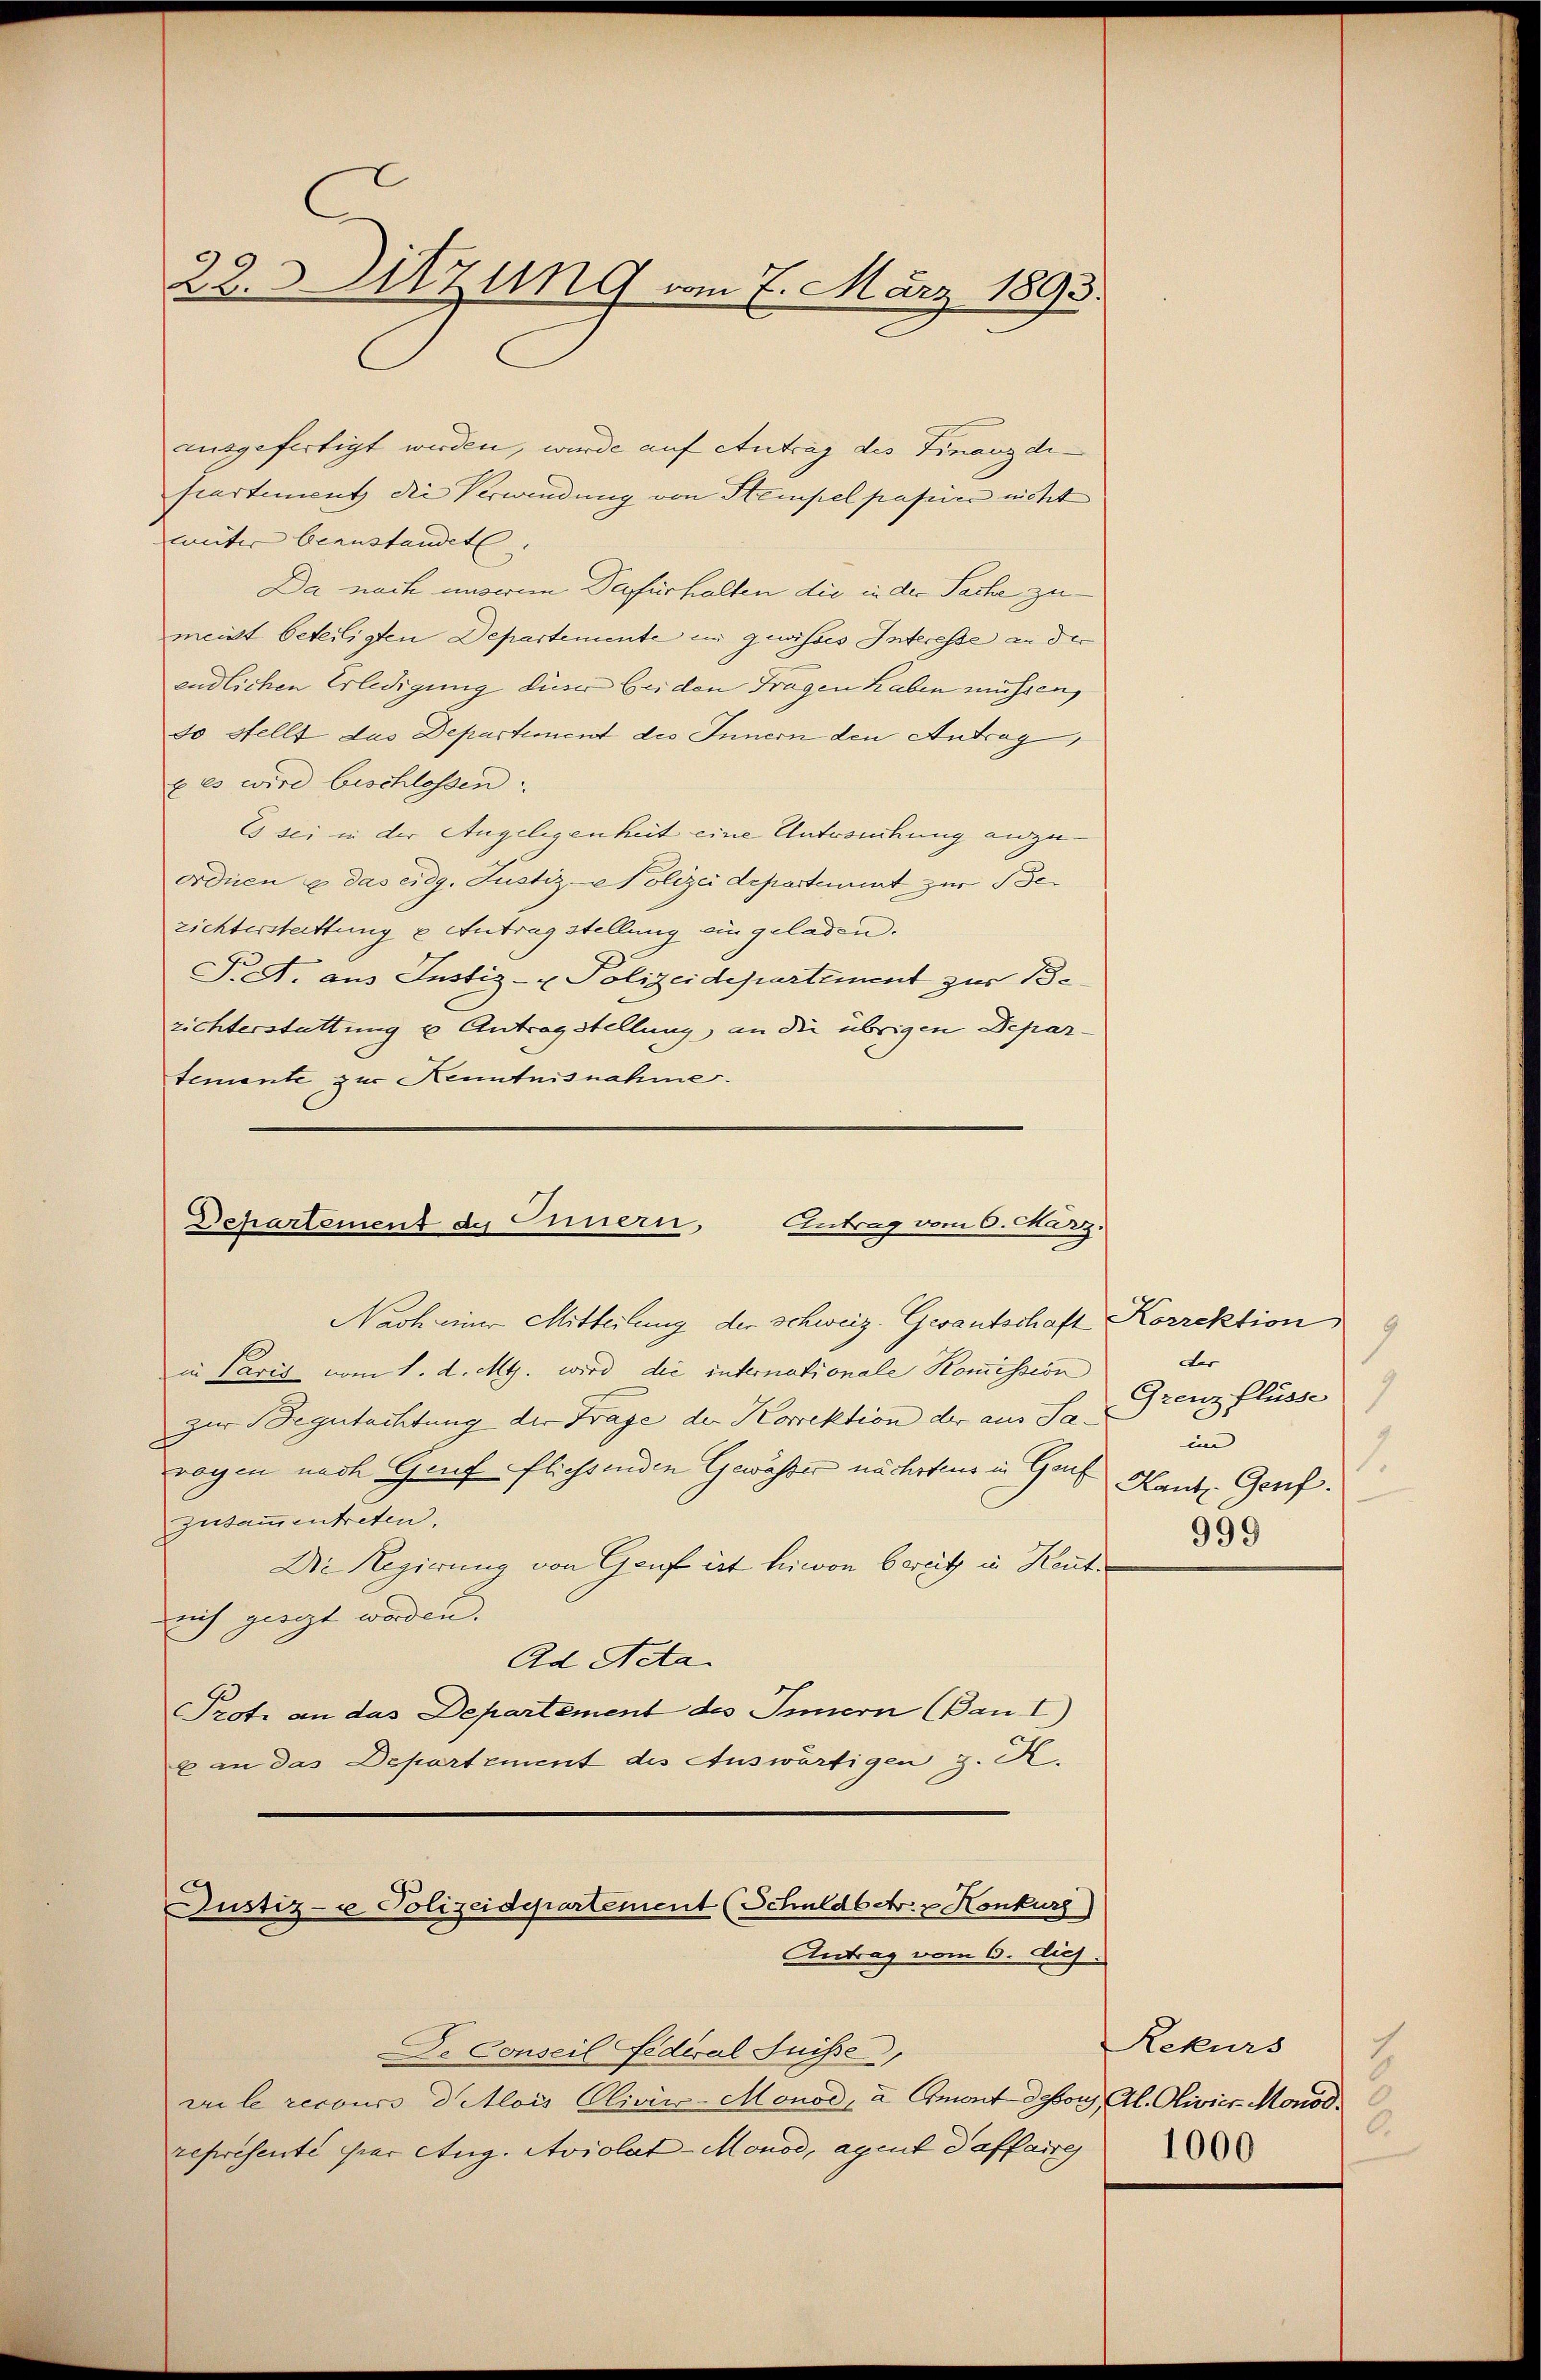
22. Sitzung vom 7. März 1893.

ausgefertigt werden, wurde auf Antrag des Finanzdiscartement die Verwendung von Stempel passin nicht
weiter beanstandet. |
Da nach unserem Dafürhalten die in der Sache zumeist beteiligten Departemente en gewisses Interesse an der
endlichen Erledigung dieser beiden Fragen haben müssen,
so stellt das Departement des Innern den Antrag
x es wird beschlossen.
Es sei in der Angelegenheit eine Unterechung anzuordnen u. das eidg. Justiz- Polizei departement zur Sezichterstattung u Antrag stellung ein geladen.
T. A. aus Justiz- & Polizeidepartement zur Be
richterstattung u Antragstellung, an die übrigen Departemente zur Kenntnisnahme.

Departement des Innern, Antrag vom 6. März.

Nach einer Mitteilung der Schweiz. Gesantschaft Korrektion
in Paris vom 1. d. M. wird die internationale Kommission
zur Begutachtung der Frage der Korrektion der aus Sarogen nach Graf fliessenden Gewässer nächsten in Gruf
zusammentreten.
Die Regierung von Genf ist hievon bereitz in Heute
aich ziegt worden.
Ad Acta.
Prote an das Departement des Innern (Bau I)
b an das Departement des Auswärtigen z. K.

Justiz- & Polizeidepartement (Schuldbetr. z. Konkurs)
Antrag vom 6. dies

De Conseil Fediral Suisse,
vre le recours d Alois Clivirs-Monod, a Amont-dessor, Al. Olivier-Monod.
représente par Aug. Aviolat-Monod, agent daffaire

1
der
Grenz flüsse
1
im
1
Hant. Genf.
999

Rekurs
2.
1000